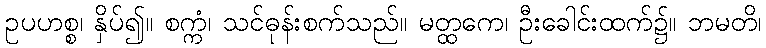
ဥပဟစ္စ၊ နှိပ်၍။ စက္ကံ၊ သင်ဓုန်းစက်သည်။ မတ္ထကေ၊ ဦးခေါင်းထက်၌။ ဘမတိ၊